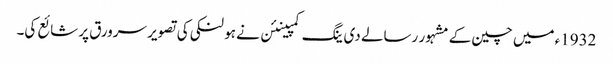
1932ء میں چین کے مشہور رسالے دی ینگ کمپینئن نے ہو لنکی کی تصویر سرورق پر شائع کی۔